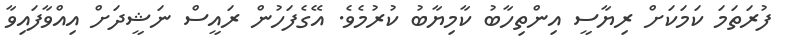
ފުރަތަމަ ކަމަކަށް ރިޔާސީ އިންތިހާބު ކާމިޔާބު ކުރުމެވެ. އޭގެފަހުން ރައީސް ނަޝީދަށް އިއްވާފައިވާ